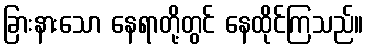
ခြားနားသော နေရာတို့တွင် နေထိုင်ကြသည်။